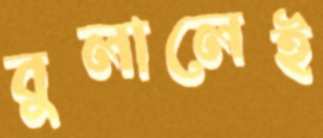
বুলালেই